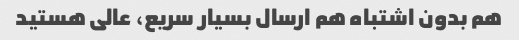
هم بدون اشتباه هم ارسال بسیار سریع، عالی هستید